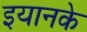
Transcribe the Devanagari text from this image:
इयानके